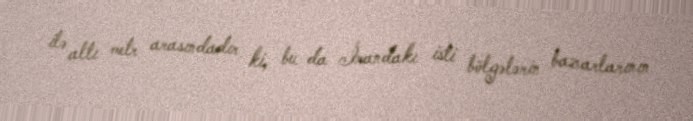
ilə altı metr arasındadır ki, bu da İrandakı isti bölgələrin bazarlarının